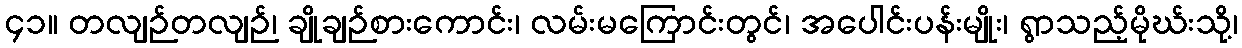
၄၁။ တလျဉ်တလျဉ်၊ ချိုချဉ်စားကောင်း၊ လမ်းမကြောင်းတွင်၊ အပေါင်းပန်းမျိုး၊ ရွာသည့်မိုဃ်းသို့၊